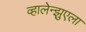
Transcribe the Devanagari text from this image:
व्हालेन्झुएला